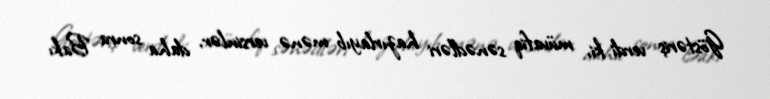
Göstəriş verdi ki, müvafiq sənədləri hazırlayıb mənə versinlər, daha sonra Bakı